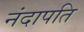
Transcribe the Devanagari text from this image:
नंदापति